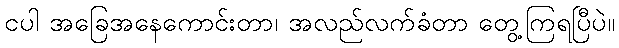
ငပါ အခြေအနေကောင်းတာ၊ အလည်လက်ခံတာ တွေ့ကြရပြီပဲ။